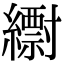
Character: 𦆝